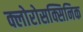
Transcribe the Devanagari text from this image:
क्लोरोसक्सिनिक